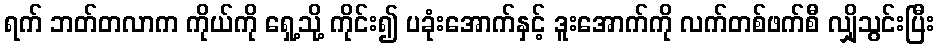
ရက် ဘတ်တလာက ကိုယ်ကို ရှေ့သို့ ကိုင်း၍ ပခုံးအောက်နှင့် ဒူးအောက်ကို လက်တစ်ဖက်စီ လျှိုသွင်းပြီး